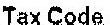
TAX CODE